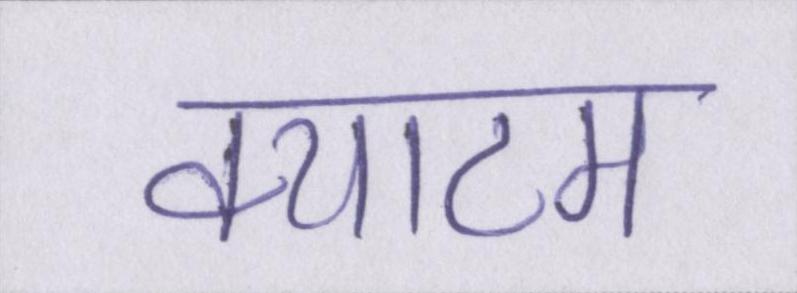
क्याटम